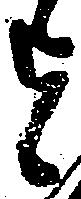
を